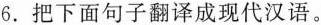
6.把下面句子翻译成现代汉语。